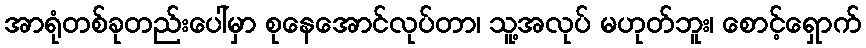
အာရုံတစ်ခုတည်းပေါ်မှာ စုနေအောင်လုပ်တာ၊ သူ့အလုပ် မဟုတ်ဘူး၊ စောင့်ရှောက်